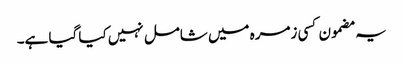
یہ مضمون کسی زمرہ میں شامل نہیں کیا گیا ہے۔